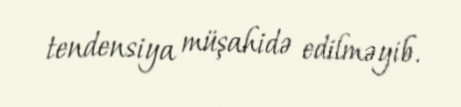
tendensiya müşahidə edilməyib.